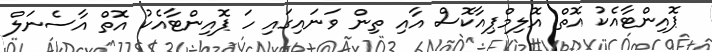
ޕޮއިންޓާއެކު އޮތް އޮލިމްޕިއާކޮސް އާއި ތިން ވަނައިގައި ހަ ޕޮއިންޓާއެކު އޮތް އާސެނަލް